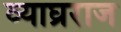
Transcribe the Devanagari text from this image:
व्याघ्रराज